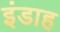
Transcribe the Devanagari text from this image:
इंडाह